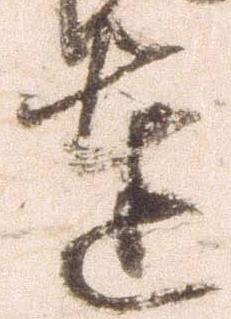
達